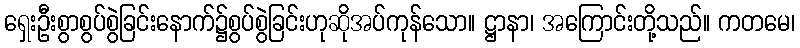
ရှေးဦးစွာစွပ်စွဲခြင်းနောက်၌စွပ်စွဲခြင်းဟုဆိုအပ်ကုန်သော။ ဋ္ဌာနာ၊ အကြောင်းတို့သည်။ ကတမေ၊